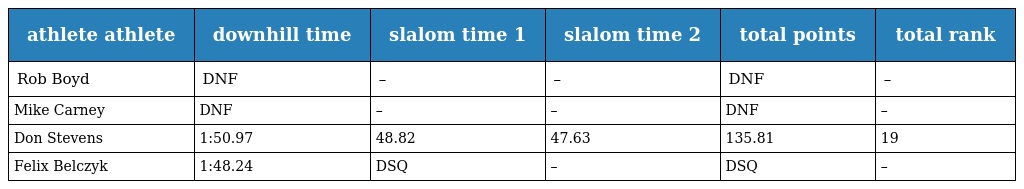
| athlete athlete | downhill time | slalom time 1 | slalom time 2 | total points | total rank |
 | --- | --- | --- | --- | --- | --- |
 | Rob Boyd | DNF | – | – | DNF | – |
 | Mike Carney | DNF | – | – | DNF | – |
 | Don Stevens | 1:50.97 | 48.82 | 47.63 | 135.81 | 19 |
 | Felix Belczyk | 1:48.24 | DSQ | – | DSQ | – |